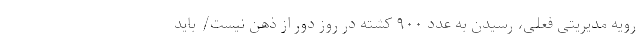
رویه مدیریتی فعلی، رسیدن به عدد ۹۰۰ کشته در روز دور از ذهن نیست/ باید